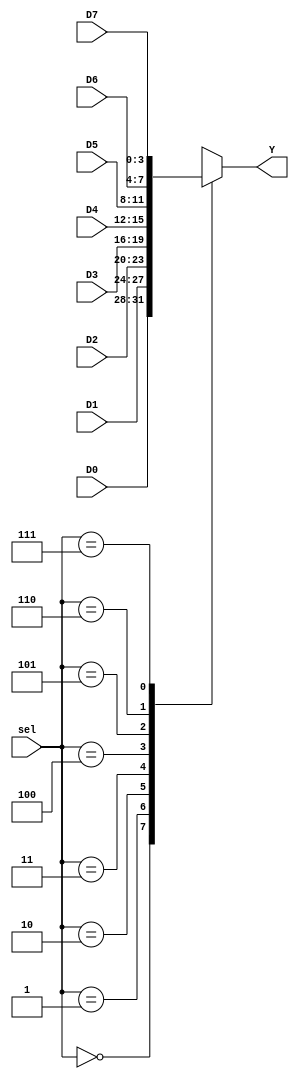
`timescale 1ns / 1ps
/****************************** C E C S  3 0 1 ******************************
 * 
 * Project:       Lab_Assignment_?
 * Designer:      Garrett Cross
 * Rev. No.:      Version 1.0
 * Rev. Date:     10/08/18
 *
 * Purpose:       8-to-1 Multiplexer
 *          
 * Notes:         Designed for use as an address multiplexer 
 *                in a display controller.
 *
 ****************************************************************************/
 
module ad_mux( D7, D6, D5, D4, D3, D2, D1, D0, sel, Y );

    input      [3:0] D7, D6, D5, D4, D3, D2, D1, D0;
    input      [2:0] sel;
    
    output reg [3:0] Y;
    
    always @ ( sel )
        case ( sel )
            3'b000 : Y = D0;
            3'b001 : Y = D1;
            3'b010 : Y = D2;
            3'b011 : Y = D3;
            3'b100 : Y = D4;
            3'b101 : Y = D5;
            3'b110 : Y = D6;
            3'b111 : Y = D7;
            default: Y = 4'h0;
        endcase
         
endmodule